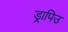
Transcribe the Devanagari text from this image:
ड्रापिउ